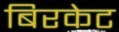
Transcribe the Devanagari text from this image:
बिरकेट